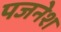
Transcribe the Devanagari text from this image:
पजनेश